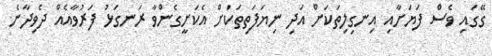
ގޭގައި ވެސް ފަޔަށާއި އިނގިލިތަކަށް އަދި ނިޔަފަތިތަކަށް އެކަށީގެންވާ ރަނގަޅު ފަރުވާއެއް ދެވިދާނެ